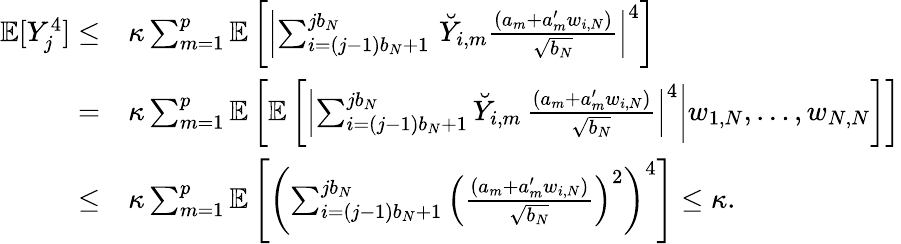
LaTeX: \begin{array}{rl}{\mathbb{E}[Y_{j}^{4}]\le}&{\kappa\sum_{m=1}^{p}\mathbb{E}\left[\left|\sum_{i=(j-1)b_{N}+1}^{jb_{N}}\, \breve{Y}_{i,m}\frac{(a_{m}+a_{m}^{\prime}w_{i,N})}{\sqrt{b_{N}}}\right|^{4}\right]}\\ {=}&{\kappa\sum_{m=1}^{p}\mathbb{E}\left[\mathbb{E}\left[\left|\sum_{i=(j-1)b_{N}+1}^{jb_{N}}\breve{Y}_{i,m}\, \frac{(a_{m}+a_{m}^{\prime}w_{i,N})}{\sqrt{b_{N}}}\right|^{4}\bigg|w_{1,N},\ldots,w_{N,N}\right]\right]}\\ {\le}&{\kappa\sum_{m=1}^{p}\mathbb{E}\left[\left(\sum_{i=(j-1)b_{N}+1}^{jb_{N}}\left(\frac{(a_{m}+a_{m}^{\prime}w_{i,N})}{\sqrt{b_{N}}}\right)^{2}\right)^{4}\right]\le\kappa.}\end{array}